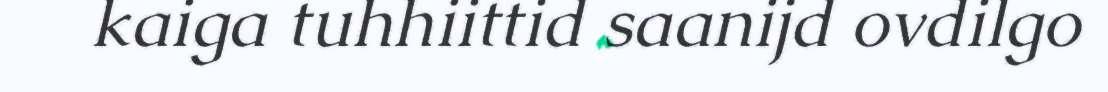
kaiga tuhhiittid saanijd ovdilgo